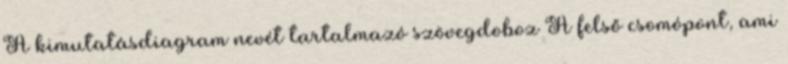
A kimutatásdiagram nevét tartalmazó szövegdoboz A felső csomópont, ami